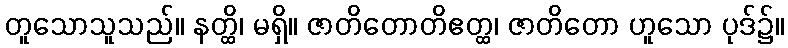
တူသောသူသည်။ နတ္ထိ၊ မရှိ။ ဇာတိတောတိဧတ္ထ၊ ဇာတိတော ဟူသော ပုဒ်၌။